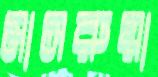
মাসরুয়া